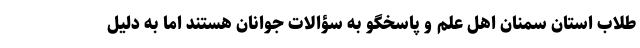
طلاب استان سمنان اهل علم و پاسخگو به سؤالات جوانان هستند اما به دلیل